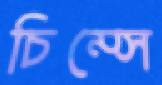
চিম্‌সে